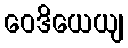
ဝေဒိယေယျ